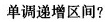
单调递增区间?